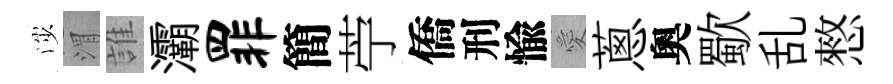
渉渭誰灞罪簡苧僑刑愉愛蔥奧歜乱憗